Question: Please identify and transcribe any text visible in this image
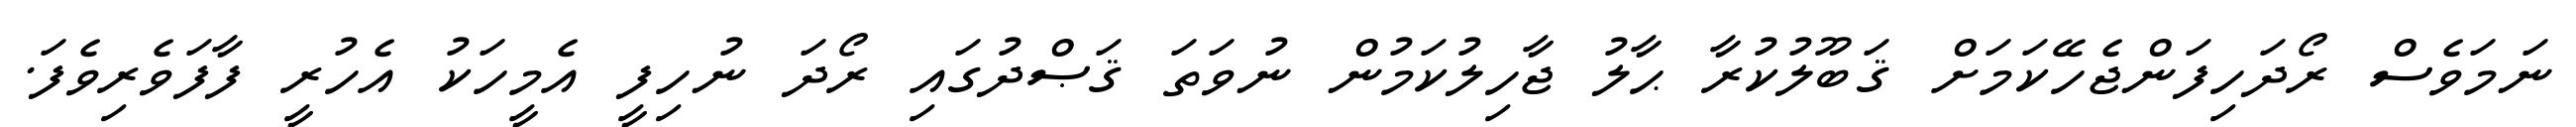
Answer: ނަމަވެސް ރޯދަހިފަންޖެހޭކަމަށް ޤަބޫލުކުރާ ޙާލު ޖާހިލުކަމުން ނުވަތަ ޤަޞްދުގައި ރޯދަ ނުހިފީ އެމީހަކު އެހުރީ ފާފަވެރިވެފަ.